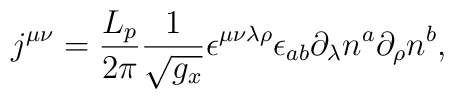
j^{\mu \nu }=\frac{L_p}{2\pi }\frac 1{\sqrt{g_x}}\epsilon ^{\mu \nu \lambda\rho }\epsilon _{ab}\partial _\lambda n^a\partial _\rho n^b,